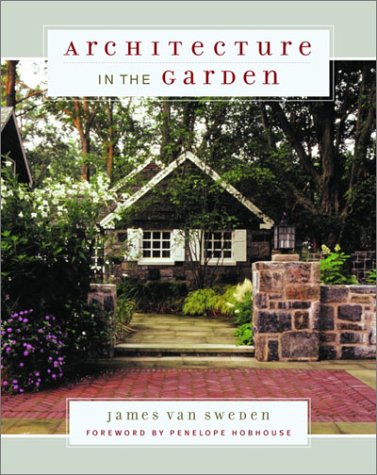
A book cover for Architecture in the Garden; James van Sweden; Crafts, Hobbies & Home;